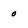
Character: o